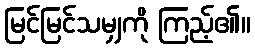
မြင်မြင်သမျှကို ကြည့်၏။